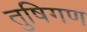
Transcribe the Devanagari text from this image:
तुषिगण